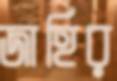
জাহির